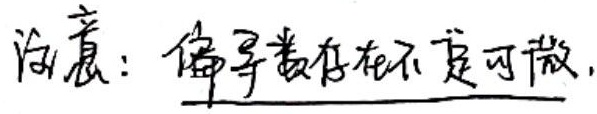
注意：偏导数存在不一定可微.